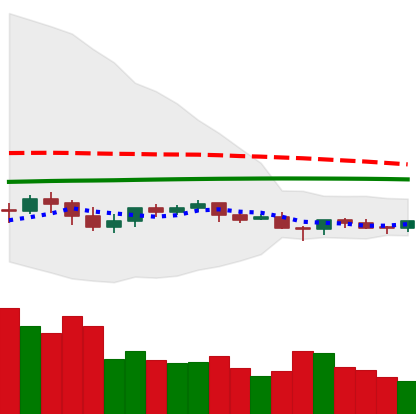
Ticker: LTC-USD
Chart end date: 2021-06-13
Forward return: -8.527%
Label: down_7plus